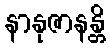
နာနုဇာနန္တိ